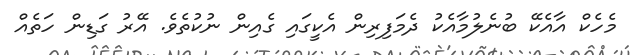
މެހެކް އާއެކޭ ބުނެލުމާއެކު ދެމަފިރިން އެކީގައި ގެއިން ނުކުތެވެ. އޭރު ގަޑިން ހަތެއް